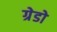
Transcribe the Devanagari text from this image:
ग्रेडो